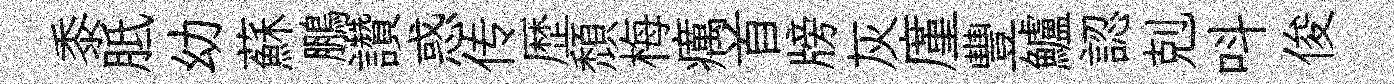
黍胝幼蘇鵬讚惑传歴頹梅癘首牓灰廑豐鱸認剋呌俊